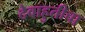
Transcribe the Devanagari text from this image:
देवाहुतीचा